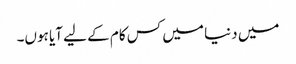
میں دنیا میں کس کام کے لیے آیا ہوں۔